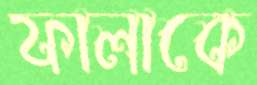
ফালাকে